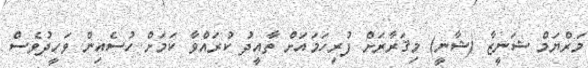
މަރްޔަމް ޝަނީޒާ (ޝާނީ) މިޤަރާރަށް ފުރިހަމައަށް ތާއީދު ކުރައްވާ ކަމަށް ހުސެއިން ވަހީދުވެސް